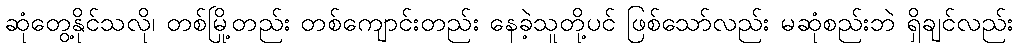
ဆုံတွေ့နိုင်သလို၊ တစ်မြို့တည်း တစ်ကျောင်းတည်း နေခဲ့သူတို့ပင် ဖြစ်သော်လည်း မဆုံစည်းဘဲ ရှိချင်လည်း